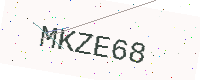
Text: MKZE68